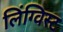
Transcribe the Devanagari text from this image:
लिंग्विस्ट